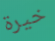
خيرة